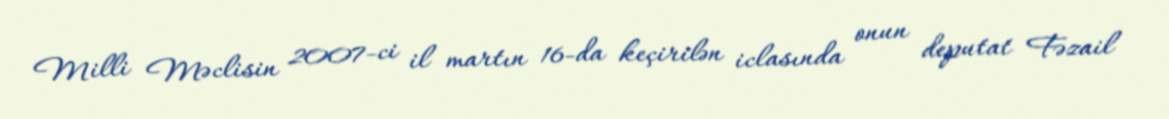
Milli Məclisin 2007-ci il martın 16-da keçirilən iclasında onun deputat Fəzail